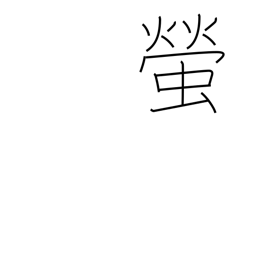
Meaning: firefly